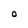
Character: O